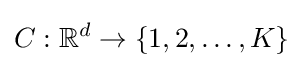
C:\mathbb {R} ^{d}\to \{1,2,\dots ,K\}